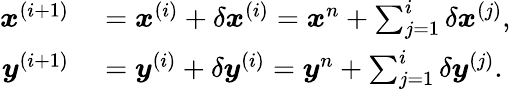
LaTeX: \begin{array}{rl}{\boldsymbol{x}^{(i+1)}}&{{}=\boldsymbol{x}^{(i)}+\delta\boldsymbol{x}^{(i)}=\boldsymbol{x}^{n}+\sum_{j=1}^{i}\delta\boldsymbol{x}^{(j)},}\\ {\boldsymbol{y}^{(i+1)}}&{{}=\boldsymbol{y}^{(i)}+\delta\boldsymbol{y}^{(i)}=\boldsymbol{y}^{n}+\sum_{j=1}^{i}\delta\boldsymbol{y}^{(j)}.}\end{array}